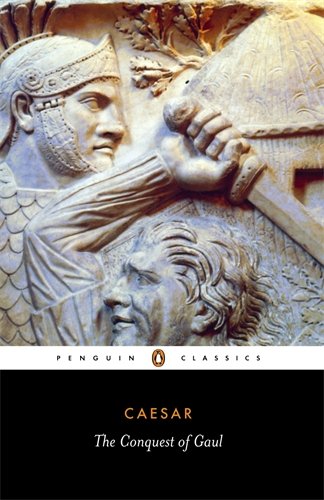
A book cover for The Conquest of Gaul (Penguin Classics); History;